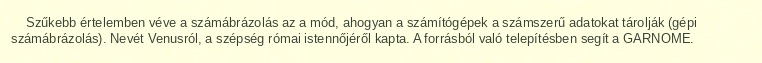
Szűkebb értelemben véve a számábrázolás az a mód, ahogyan a számítógépek a számszerű adatokat tárolják (gépi számábrázolás). Nevét Venusról, a szépség római istennőjéről kapta. A forrásból való telepítésben segít a GARNOME.